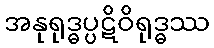
အနုရုဒ္ဓပ္ပဋိဝိရုဒ္ဓဿ